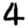
Digit: 4